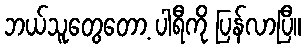
ဘယ်သူတွေတော့ ပါရီကို ပြန်လာပြီ။